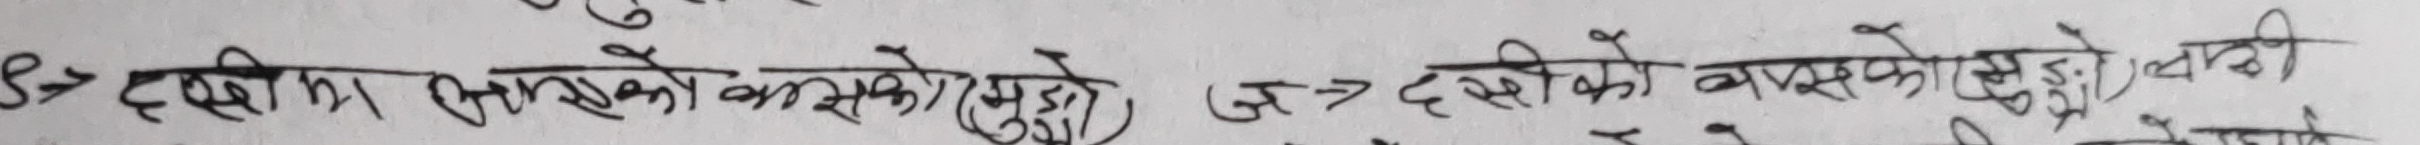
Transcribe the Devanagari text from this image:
S> दस्सीमा तासको वासको मुटु, ज > दस्सीको वासको मुटु, यदि